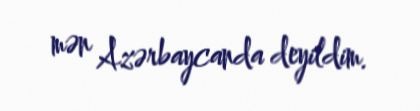
mən Azərbaycanda deyildim.